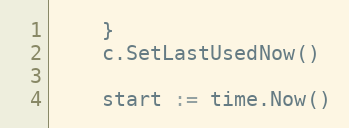
Language: Go
	}
	c.SetLastUsedNow()

	start := time.Now()